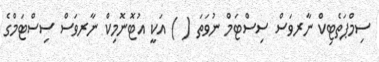
ސިމްޕަތެޓިކް ނާރވަސް ސިސްޓަމް ނުވަތަ ( ) އަކީ އުޓޮނޮމިކް ނާރވަސް ސިސްޓަމްގެ